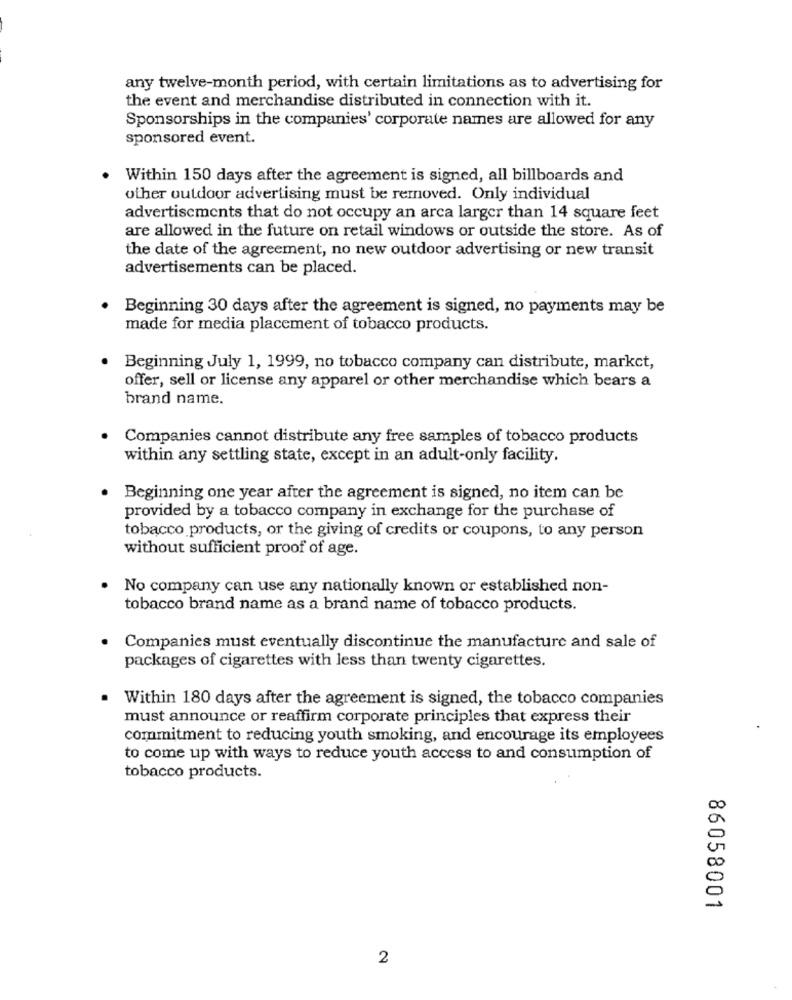
any twelve-month period, with certain limitations as to advertising for
the event and merchandise distributed in connection with it.
Sponsorships in the companies' corporate names are allowed for any
sponsored event.
Within 150 days after the agreement is signed, all billboards and
other outdoor advertising must be removed. Only individual
advertisements that do not occupy an arca larger than 14 square feet
are allowed in the future on retail windows or outside the store. As of
the date of the agreement, no new outdoor advertising or new transit
advertisements can be placed.
Beginning 30 days after the agreement is signed, no payments may be
made for media placement of tobacco products.
· Beginning July 1, 1999, no tobacco company can distribute, market,
offer, sell or license any apparel or other merchandise which bears a
brand name.
Companies cannot distribute any free samples of tobacco products
within any settling state, except in an adult-only facility.
.
Beginning one year after the agreement is signed, no item can be
provided by a tobacco company in exchange for the purchase of
tobacco products, or the giving of credits or coupons, to any person
without sufficient proof of age.
No company can use any nationally known or established non-
tobacco brand name as a brand name of tobacco products.
Companies must eventually discontinue the manufacture and sale of
packages of cigarettes with less than twenty cigarettes.
.
Within 180 days after the agreement is signed, the tobacco companies
must announce or reaffirm corporate principles that express their
commitment to reducing youth smoking, and encourage its employees
to come up with ways to reduce youth access to and consumption of
tobacco products.
DO
CO
86058001
2